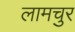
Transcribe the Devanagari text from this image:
लामचुर